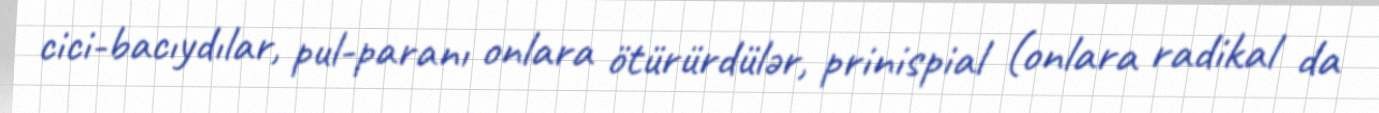
cici-bacıydılar, pul-paranı onlara ötürürdülər, prinispial (onlara radikal da